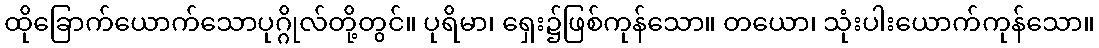
ထိုခြောက်ယောက်သောပုဂ္ဂိုလ်တို့တွင်။ ပုရိမာ၊ ရှေး၌ဖြစ်ကုန်သော။ တယော၊ သုံးပါးယောက်ကုန်သော။